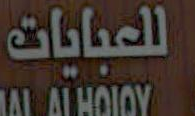
للعبايات